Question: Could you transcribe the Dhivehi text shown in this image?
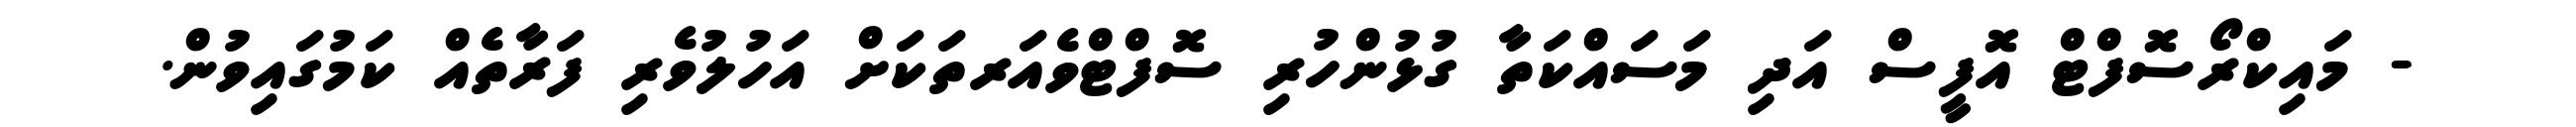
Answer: - މައިކްރޯސޮފްޓް އޮފީސް އަދި މަސައްކަތާ ގުޅުންހުރި ސޮފްޓްވެއަރތަކަށް އަހުލުވެރި ފަރާތެއް ކަމުގައިވުން.